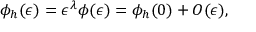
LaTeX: \phi _ { h } ( \epsilon ) = \epsilon ^ { \lambda } \phi ( \epsilon ) = \phi _ { h } ( 0 ) + { \cal O } ( \epsilon ) ,